Vaccination in Bombay 1869-1873 - 1869-1873
Year: 1869
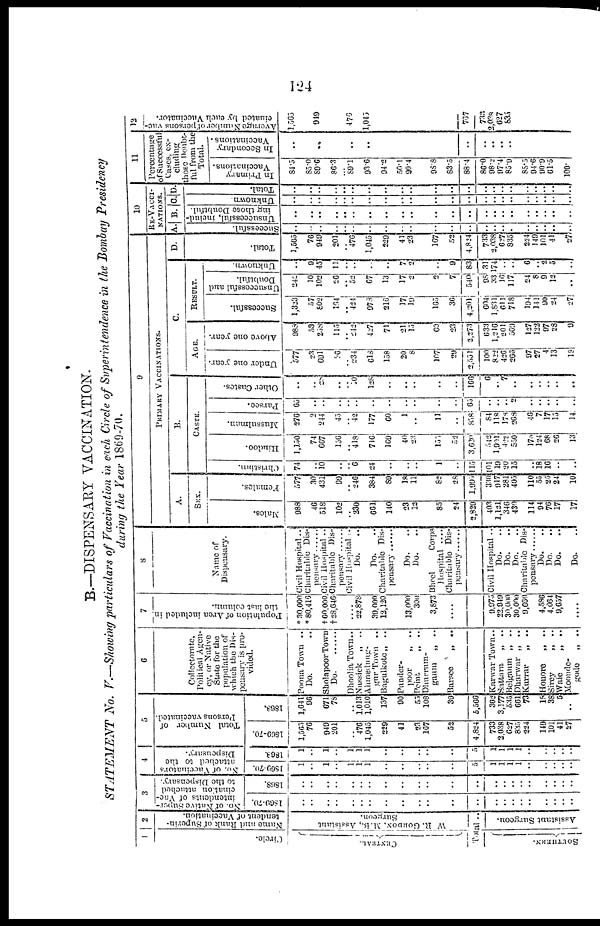
124
B.—DISPENSARY VACCINATION.
STATEMENT No. V.—Showing particulars of Vaccination in each Circle of Superintendence in the Bombay Presidency
during the Year 1869-70.
1
Circle.
CENTRAL.
2
Name and Rank of Superin¬
tendent
of
Vaccination.
W R. GORDON.
M.B, Assistant
Surgeon.
Total ..
SOUTHERN.
Assistant Surgeon.
3
No. of Native Super-
intendents of Vac¬
cination attached
to the Dispensary.
1869-70.
..
..
..
..
..
..
..
..
..
..
..
..
..
..
..
..
..
..
..
..
..
..
1868.
..
..
..
..
..
..
..
..
..
..
..
..
..
..
..
..
..
..
..
..
..
..
4
No. of Vaccinators
attached to the
Dispensary.
1869-70.
1
..
1
..
1
1
1
..
..
..
..
..
5
1
1
1
1
..
..
..
..
..
1868.
1
..
1
..
1
i
1
..
..
..
..
..
5
1
1
1
1
..
..
..
..
..
5
Total Number of
Persons vaccinated.
1869-70.
1,5065
76
949
201
.. 476
1,045
229
41
23
167
52
4,824
733
2,038
627
835
224
149
101
41
27
1868.
1,041
96
671
78
.. 1,013
1,010
137
90
55
108
39
5,566
362
3,177
535
661
73
18
38
5
..
6
Collectorate,
Political Agen-
cy, or Native
State for the
population of
which the Dis-
pensary is pro-
vided.
Poona Town ..
Do.
SholapoorTown
Do
DhooliaTown..
Nassick
„
..
Ahineduag-
gur Town ..
Bagulkote„
..
Punder-
poor
„ ..
Peint
„ ..
Dhurrum-
gaum
„
..
Barsee
„
..
Karwar Town ..
Sattara „ ..
Belgaum „ ..
Dharvar „ ..
Kurrar
„ ..
Honore
„
..
Sircy
„ ..
Waie
„
..
Moonde-
goda
„
..
7
Population of Area included in
the last column.
* 30,000
* 80,416
† 60,000
†28,646
.... 22 878
39,000
12,120
13,000
300
3,873
....
9,975
22,949
30,000
30,000
9,660
4,586
4,064
9,657
....
8
Name of
Dispensary.
Civil Hospital..
Charitable
Dis-
pensary
Civil Hospital ..
Charitable Dis¬
pensary
Civil Hospital..
Do.
Do.
Charitable Dis-
pensary
Do.
Do.
Bheel
Corps
Hospital
....
Charitable Dis-
pensary
Civil Hospital..
Do.
Do.
Do.
Charitable Dis-
pensary
Do.
..
Do. ..
Do. ..
Do. ..
9
PRIMARY VACCINATIONS.
A.
SEX
Males.
988
46
518
102
.. 230
661
140
23
12
85
24
2,829
403
1,121
346
439
114
94
76
17
17
Females.
577
30
431
99
.. 246
384
89
18
11
82
28
1,995
330
917
281
405
110
55
25
24
10
B.
CASTE.
Christian.
74
..
10
..
.. 6
24
..
..
..
1
..
115
101
10
20
15
..
18
16
..
..
Hindoo.
1,150
74
667
156
.. 418
716
169
40
23
155
52
3,620
542
1,901
422
550
178
124
68
26
13
Mussulman.
276
2
244
45
.. 42
177
60
1
..
11
..
858
84
118
178
268
46
7
17
15
14
Parsee.
65
..
..
..
..
..
..
..
..
..
..
..
65
..
..
..
2
..
..
..
..
..
Other Castes.
..
..
28
..
.. 10
128
..
..
..
..
..
166
6
..
7
..
..
..
..
..
..
C.
AGE.
Under one year.
577
23
691
96
.. 234
618
158
20
8
167
29
2,551
100
822
426
266
97
27
4
13
18
Above one year.
988
53
258
115
.. 242
427
71
21
15
60
23
2,273
633
1,210
201
569
127
122
97
28
9
RESULT.
Successful.
1,323
57
802
164
.. 424
973
216
17
19
165
36
4,201
604
1,831
611
718
194
141
90
24
27
Unsuccessful and
Doubtful.
242
10
102
26
.. 52
67
13
17
2
2
7
540
98
33
16
117
24
8
9
12
..
Unknown.
..
9
45
11
..
..
..
..
7
2
..
9
83
31
174
..
..
6
.. 2
5
..
D.
Total.
1,565
76
949
201
.. 476
1,045
229
41
23
167
52
4,824 .
733 .
2,038
627.
835
224
149.
101
41
27
10
RE-VACCI¬
NATIONS.
A
Successful.
..
..
..
..
..
..
..
..
..
..
..
..
..
..
..
..
..
..
..
..
..
..
B.
Unsuccessful, includ-
ing those Doubtful.
..
..
..
..
..
..
..
..
..
..
..
..
..
..
..
..
..
..
..
..
..
..
C
Unknown.
..
..
..
..
..
..
..
..
..
..
..
..
..
..
..
..
..
..
..
..
..
..
D.
Total.
..
..
..
..
..
..
..
..
..
..
..
..
..
..
..
..
..
..
..
..
..
..
11
Percentage
of Succcssful
Cases, ex-
cluding
those Doubt
ful from the
Total.
In Primary
Vaccinations.
84.5
85.0
89.6
86.3
.. 89.1
93.6
94.2
50.1
90.4
98.8
83.5
88.4
86.0
98.2
97.4
85.9
88.5
94.6
90.9
61.5
100.
In Secondary
Vaccinations.
..
..
..
..
..
..
.. ..
..
12
Average Number of persons vac-
cinated by each Vaccinator.
1,565
949
476
1,045
..
767
733
2,038
627
835